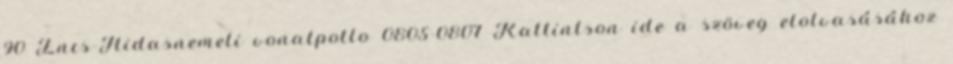
90 Encs-Hidasnemeti vonatpotlo 0805-0807 Kattintson ide a szöveg elolvasásához